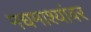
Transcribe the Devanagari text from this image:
मधमाश्यांवर